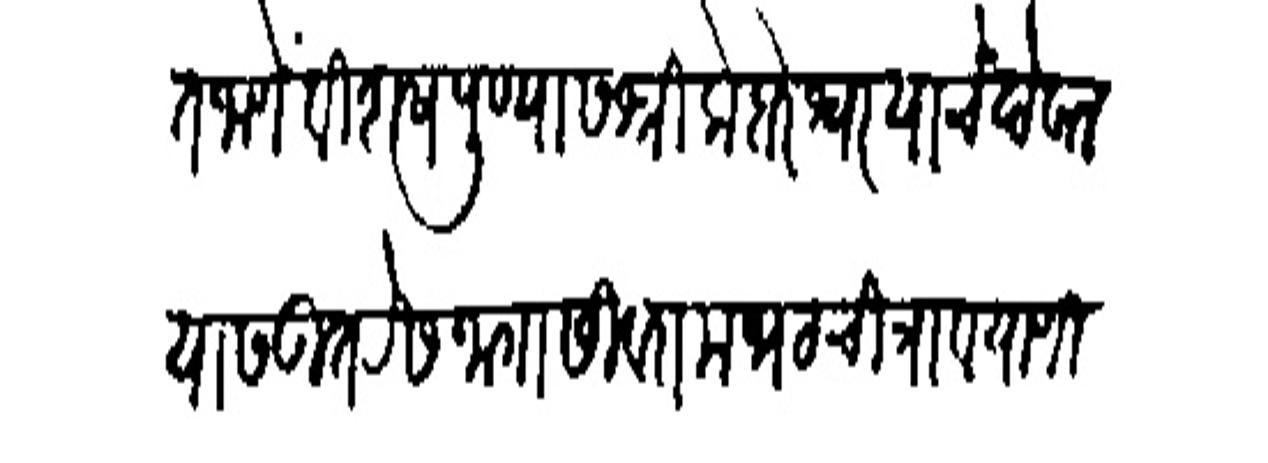
Transliteration (Devanagari): लिहित जाणे विशेष पुण्यास श्रीकेडारेश्वर याचे देवालयास उत्तरेस जागा सिवरामभट चित्राव पाणी